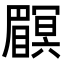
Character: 𥌏